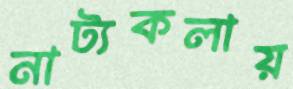
নাট্যকলায়